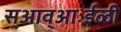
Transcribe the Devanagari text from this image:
स्आव्आःईळी